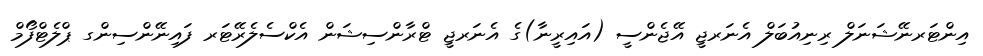
އިންޓަރނޭޝަނަލް ރިނިއުބަލް އެނަރޖީ އޭޖެންސީ (އައިރީނާ)ގެ އެނަރޖީ ޓްރާންސިޝަން އެކްސެލެރޭޓަރ ފައިނޭންސިންގ ޕްލެޓްފޯމް